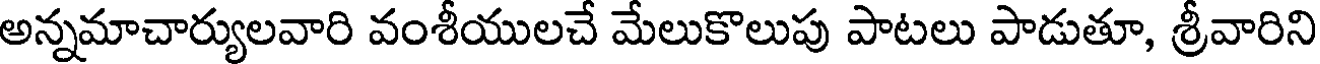
అన్నమాచార్యులవారి వంశీయులచే మేలుకొలుపు పాటలు పాడుతూ, శ్రీవారిని